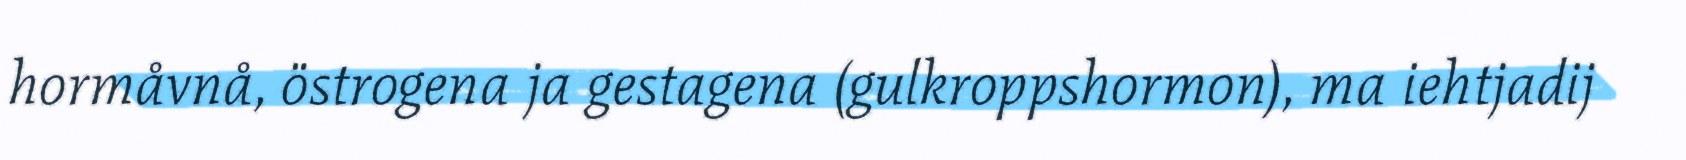
hormåvnå, östrogena ja gestagena (gulkroppshormon), ma iehtjadij